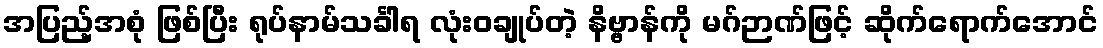
အပြည့်အစုံ ဖြစ်ပြီး ရုပ်နာမ်သင်္ခါရ လုံးဝချုပ်တဲ့ နိဗ္ဗာန်ကို မဂ်ဉာဏ်ဖြင့် ဆိုက်ရောက်အောင်